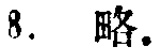
8. 略.